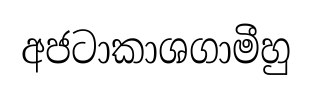
අජටාකාශගාමීහු